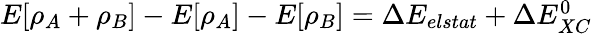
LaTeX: \begin{array}{r}{E[\rho_{A}+\rho_{B}]-E[\rho_{A}]-E[\rho_{B}]=\Delta E_{elstat}+\Delta E_{XC}^{0}}\end{array}